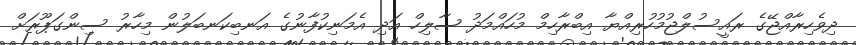
ދިވެހިރާއްޖޭގެ ރައީސުލްޖުމުހުރިއްޔާ އިބްރާހިމް މުހައްމަދު ޞާލިހް އަދި އެމަނިކުފާނުގެ އަނބިކަނބަލުން މިހާރު ސިންގަޕޫރަށް